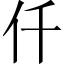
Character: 仟